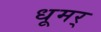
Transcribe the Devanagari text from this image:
धूमर्